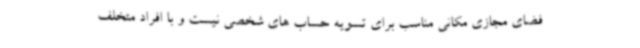
فضای مجازی مکانی مناسب برای تسویه حساب های شخصی نیست و با افراد متخلف